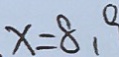
x = 8 . 0